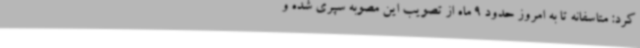
کرد: متاسفانه تا به امروز حدود 9 ماه از تصویب این مصوبه سپری شده و